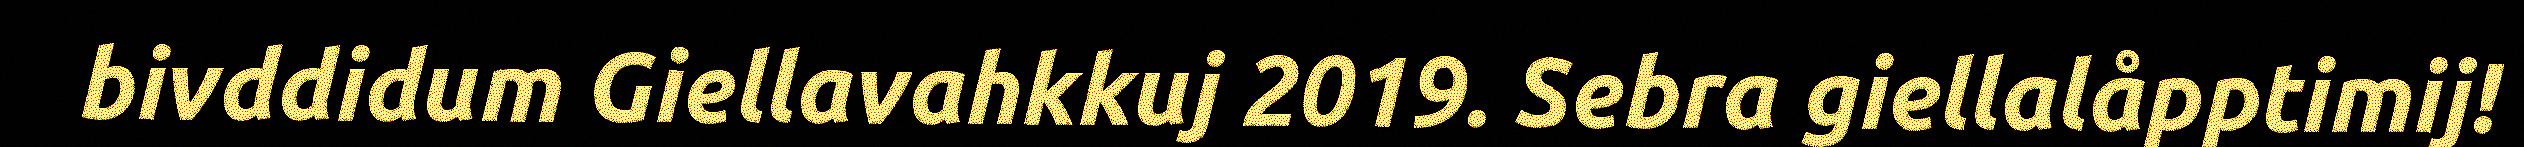
bivddidum Giellavahkkuj 2019. Sebra giellalåpptimij!